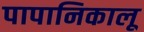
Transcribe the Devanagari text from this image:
पापानिकालू